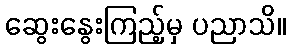
ဆွေးနွေးကြည့်မှ ပညာသိ။